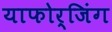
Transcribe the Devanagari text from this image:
याफोर्जिंग